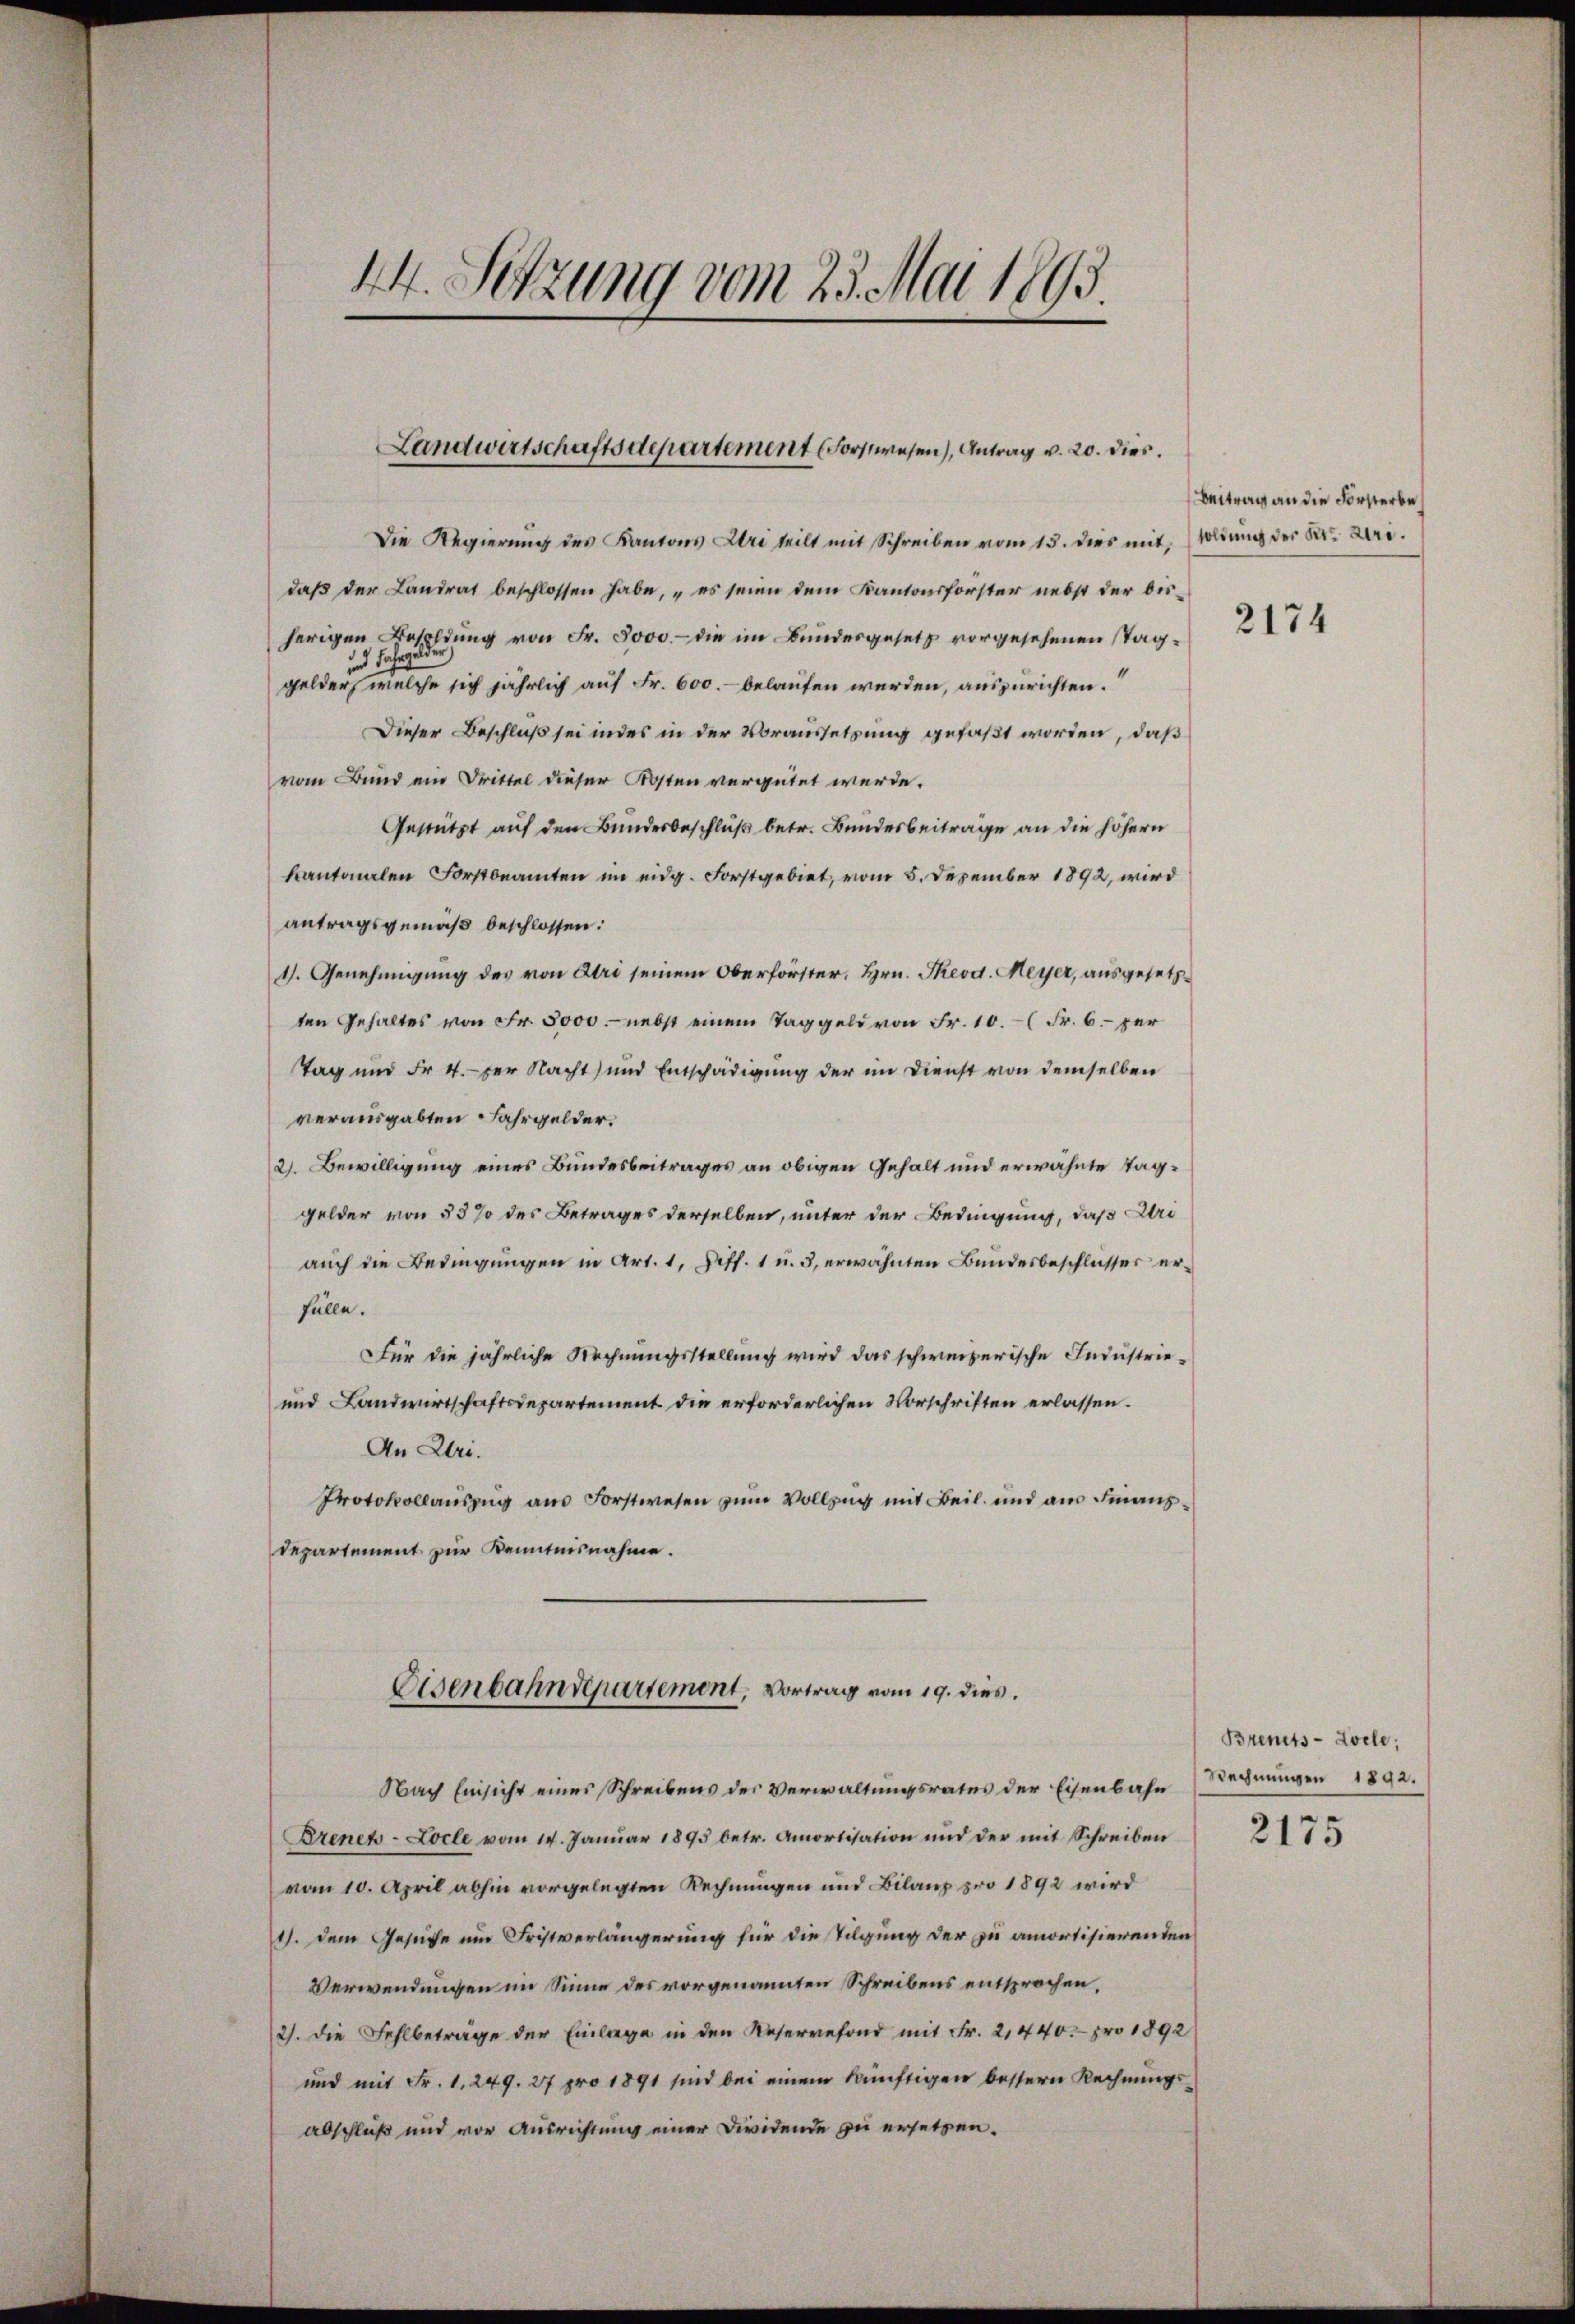
44. Setzung vom 23. Mai 1893.

Landwirtschaftsdepartement Forstwesen), Antrag v. 20. dies.

Die Regierung des Kantons Uri teilt mit Schreiben vom 15. dies mit, soldung der St. Uri.
daß der Landrat beschlossen habe, „es seien dem Kantonsforster nebst der bisherigen Besoldung von Fr. 3000. - die im Bundesgesetz vorgesehenen Taggelder, welche sich jährlich auf Fr. 600.- belaufen werden, auszurichten.
Dieser Beschluß sei indes in der Voraussetzung gefaßt worden, daß
vom Bund ein Drittel dieser Kosten vergütet werde.
Gestützt auf den Bunderbeschluß betr. Bundesbeiträge an die höhern
kantonalen Forstbeamten im eidg. Forstgebiet, vom 5. Dezember 1892, wird
antragsgemäß beschlossen:
1. Genehmigung des von Uri seinem Oberförster, Hrn. Theod. Meyer, ausgesetzten Gehaltes von Fr. 5000. nebst einem Taggeld von Fr. 10. (Fr. 6. per
Tag und Fr. 4. per Nacht, und Entschädigung der im Dienst von demselben
verausgabten Fahrgelder.
2. Bewilligung eines Bundesbeitrages an obigen Gehalt und erwähnte Taggelder von 53 % des Betrages derselben, unter der Bedingung, daß Uri
auch die Bedingungen in Art. 1, Ziff. 1 u. 3, erwähnten Bundesbeschlusser erfülle.
Für die jährliche Rechnungsstellung wird das schweizerische Industrie¬
und Landwirtschaftsdepartement die erforderlichen Vorschriften erlassen.
An Uri.
Protokollauszug aus Forstwesen zum Vollzug mit Beil. und am Finanz¬
Departement zur Kenntnisnahme.
Eisenbahndepartement, Vortrag vom 19. dies.
Nach Einsicht eines Schreibens der Verwaltungsrates der Eisenbahn
Brench-Locle vom 14. Janŭar 1895 betr. Amortisation und der mit Schreiben
vom 10. April abhin vorgelegten Rechnungen und Bilanz pro 1892 wird
11. dem Gesuche um Fristverlängerung für die Tilgung der zu amortisierenden
Verwendungen im Sinne des vorgenannten Schreibens entsprochen,
2). Die Fehlbeträge der Einlage in den Reservefond mit Fr. 2,440.- pro 1892
und mit Fr. 1. 249. 27 pro 1891 sind bei einem künftigen bessern Rechnungsabschluß und vor Ausrichtung einer Dividende zu ersetzen.

Beitrag an die Forsterbe

2174

Brents-Locle;
Rechnungen 1892.

2175